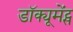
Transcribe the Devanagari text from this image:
डॉक्यूमेंट्स